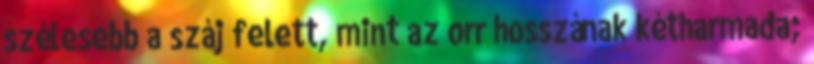
szélesebb a száj felett, mint az orr hosszának kétharmada;